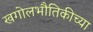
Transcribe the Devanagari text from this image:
खगोलभौतिकीच्या